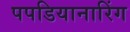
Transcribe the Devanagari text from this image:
पपडियानारिंग